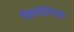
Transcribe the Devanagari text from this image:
सियोगिनी